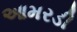
આમરડી